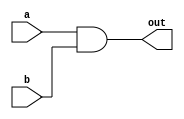
module and_gate (
    input a,
    input b,
    output out
);

assign out = a & b;

endmodule